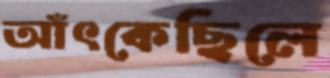
আঁৎকেছিলে